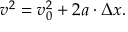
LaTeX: v ^ { 2 } = v _ { 0 } ^ { 2 } + 2 a \cdot \Delta x .